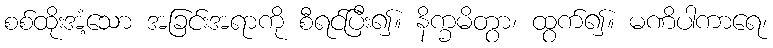
စစ်ထိုးအံ့သော အခြင်းအရာကို စီရင်ပြီး၍။ နိက္ခမိတွာ၊ ထွက်၍။ မဏိပါကာရေ၊